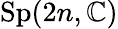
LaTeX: \operatorname{Sp}(2n,\mathbb{C})